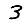
Digit: 3